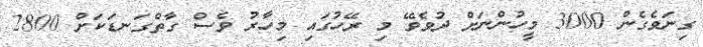
ގިނަވެގެން 3000 މީހުންނަށް ދުވެވޭ މި ރޭހުގައި މިހާރު ވެސް ގާތްގަނޑަކަަށް 2800